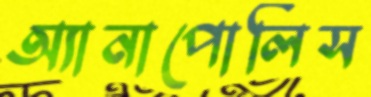
অ্যানাপোলিস